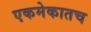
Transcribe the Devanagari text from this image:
एकमेकातच